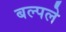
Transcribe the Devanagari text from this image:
बल्पले